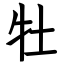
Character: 牡